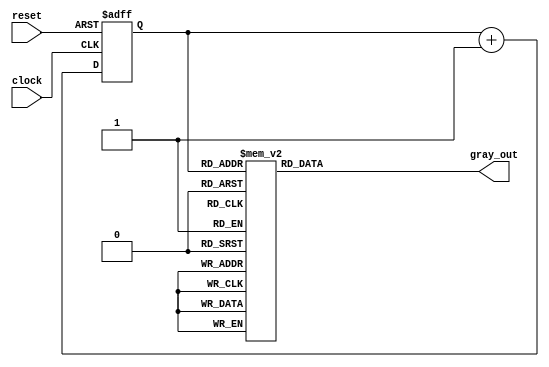
// This program was cloned from: https://github.com/FPGADude/Digital-Design
// License: GNU General Public License v3.0


module gray_counter(
	input clock,
	input reset,
	output reg [2:0] gray_out
);

	reg [2:0] bin_counter;

	always @(posedge clock or negedge reset) begin
		if(~reset)
			bin_counter <= 0;
		else
			bin_counter <= bin_counter + 1;
	end

	always @(bin_counter) begin
		case(bin_counter)
			3'b000 : gray_out = 3'b000;
			3'b001 : gray_out = 3'b001;
			3'b010 : gray_out = 3'b011;
			3'b011 : gray_out = 3'b010;
			3'b100 : gray_out = 3'b110;
			3'b101 : gray_out = 3'b111;
			3'b110 : gray_out = 3'b101;
			3'b111 : gray_out = 3'b100;
		endcase
	end

endmodule